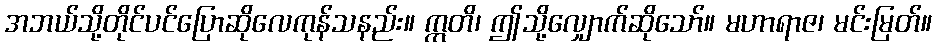
အဘယ်သို့တိုင်ပင်ပြောဆိုလေကုန်သနည်း။ ဣတိ၊ ဤသို့လျှောက်ဆိုသော်။ မဟာရာဇ၊ မင်းမြတ်။